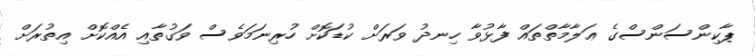
ޕާކިންސަންސްގެ ޢަލާމާތްތައް ފާޅުވާ ހިނދު ވަރަށް ކުޑަކޮށް ހުރިނަމަވެސް ވަގުތާއި އެއްކޮށް އިތުރަށް